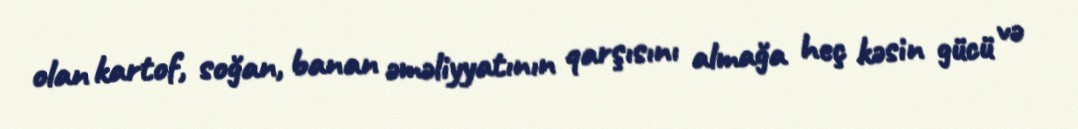
olan kartof, soğan, banan əməliyyatının qarşısını almağa heç kəsin gücü və